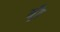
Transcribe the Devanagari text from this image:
मूँठ